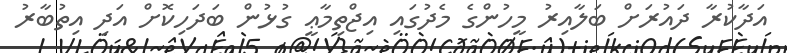
އަދާކުރާ ދައުރަށް ބަލާއިރު މީހުންގެ މެދުގައި އިޖްތިމާޢީ ގުޅުން ބަދަހިކޮށް އަދި އިތުބާރު